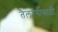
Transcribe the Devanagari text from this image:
तैलरंगासाठी